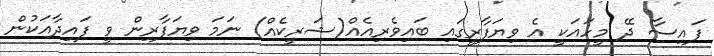
ފައިސާ ދޭ މީހައަކީ އެ ވިޔަފާރީގައި ބައިވެރިއެއް(ޝަރީކެއް) ނަމަ ވިޔަފާރިން ވީ ފައިދާއަކުން